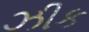
ઝીક